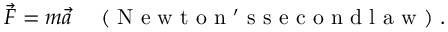
\vec { F } = m \vec { a } \quad \mathrm { ~ ( ~ N ~ e ~ w ~ t ~ o ~ n ~ ' ~ s ~ s ~ e ~ c ~ o ~ n ~ d ~ l ~ a ~ w ~ ) ~ } .